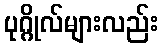
ပုဂ္ဂိုလ်များလည်း